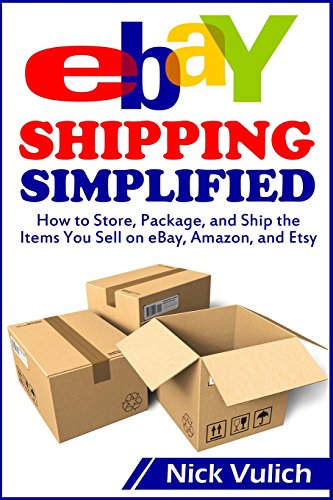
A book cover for eBay Shipping Simplified: How to Store, Package, and Ship the Items You Sell on eBay, Amazon, and Etsy (eBay Selling Made Easy); Nick Vulich; Computers & Technology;